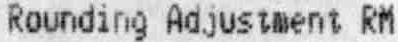
ROUNDING ADJUSTMENT RM